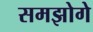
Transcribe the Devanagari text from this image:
समझोगे